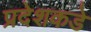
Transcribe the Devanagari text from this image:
प्रदेशकडे